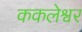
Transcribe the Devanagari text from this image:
ककलेश्वर